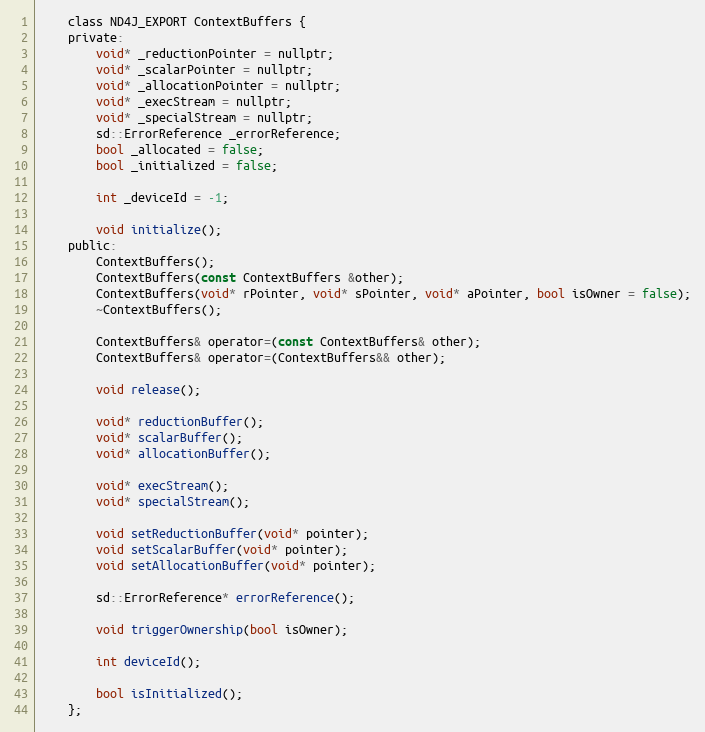
Language: C
    class ND4J_EXPORT ContextBuffers {
    private:
        void* _reductionPointer = nullptr;
        void* _scalarPointer = nullptr;
        void* _allocationPointer = nullptr;
        void* _execStream = nullptr;
        void* _specialStream = nullptr;
        sd::ErrorReference _errorReference;
        bool _allocated = false;
        bool _initialized = false;

        int _deviceId = -1;

        void initialize();
    public:
        ContextBuffers();
        ContextBuffers(const ContextBuffers &other);
        ContextBuffers(void* rPointer, void* sPointer, void* aPointer, bool isOwner = false);
        ~ContextBuffers();

        ContextBuffers& operator=(const ContextBuffers& other);
        ContextBuffers& operator=(ContextBuffers&& other);

        void release();

        void* reductionBuffer();
        void* scalarBuffer();
        void* allocationBuffer();

        void* execStream();
        void* specialStream();

        void setReductionBuffer(void* pointer);
        void setScalarBuffer(void* pointer);
        void setAllocationBuffer(void* pointer);

        sd::ErrorReference* errorReference();

        void triggerOwnership(bool isOwner);

        int deviceId();

        bool isInitialized();
    };